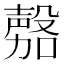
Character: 𭮾